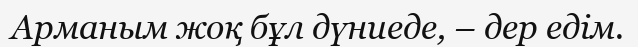
Арманым жоқ бұл дүниеде, – дер едім.